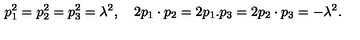
p _ { 1 } ^ { 2 } = p _ { 2 } ^ { 2 } = p _ { 3 } ^ { 2 } = \lambda ^ { 2 } , \quad 2 p _ { 1 } \cdot p _ { 2 } = 2 p _ { 1 } . p _ { 3 } = 2 p _ { 2 } \cdot p _ { 3 } = - \lambda ^ { 2 } .